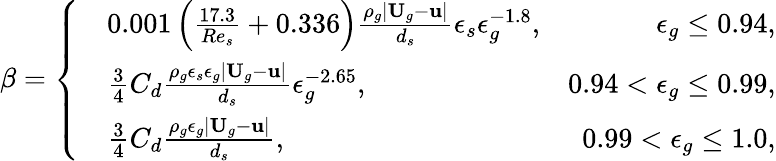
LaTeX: \beta=\left\{ \begin{array}{rlr}&{0.001\left(\frac{17.3}{Re_{s}}+0.336\right)\frac{\rho_{g}|\textbf{U}_{g}-\textbf{u}|}{d_{s}}\epsilon_{s}\epsilon_{g}^{-1.8},}&{\epsilon_{g}\le 0.94,}\\ &{\frac{3}{4}C_{d}\frac{\rho_{g}\epsilon_{s}\epsilon_{g}|\textbf{U}_{g}-\textbf{u}|}{d_{s}}\epsilon_{g}^{-2.65},}&{0.94<\epsilon_{g}\le 0.99,}\\ &{\frac{3}{4}C_{d}\frac{\rho_{g}\epsilon_{g}|\textbf{U}_{g}-\textbf{u}|}{d_{s}},}&{0.99<\epsilon_{g}\le 1.0,}\end{array}\right.